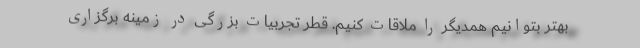
بهتر بتوانیم همدیگر را ملاقات کنیم. قطر تجربیات بزرگی در زمینه برگزاری